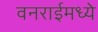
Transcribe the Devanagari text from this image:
वनराईमध्ये